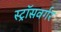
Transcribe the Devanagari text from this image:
स्ट्रॉसवर्गर